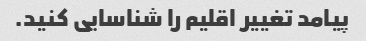
پیامد تغییر اقلیم را شناسایی کنید.